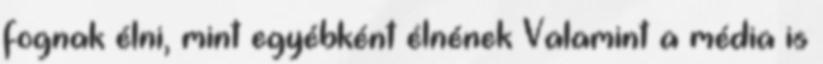
fognak élni, mint egyébként élnének Valamint a média is